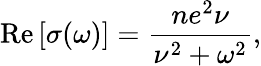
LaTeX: \operatorname{Re}\left[\sigma(\omega)\right]=\frac{ne^{2}\nu}{\nu^{2}+\omega^{2}},